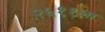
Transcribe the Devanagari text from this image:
२६११ला